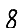
Digit: 8